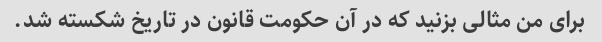
برای من مثالی بزنید که در آن حکومت قانون در تاریخ شکسته شد.